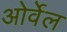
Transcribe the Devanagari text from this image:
ओर्वेल